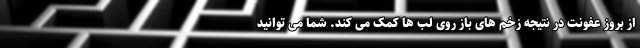
از بروز عفونت در نتیجه زخم های باز روی لب ها کمک می کند. شما می توانید